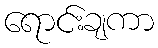
ရောင်းချကာ